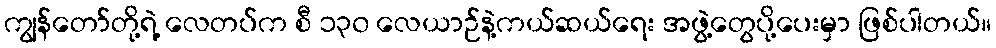
ကျွန်တော်တို့ရဲ့ လေတပ်က စီ ၁၃၀ လေယာဉ်နဲ့ကယ်ဆယ်ရေး အဖွဲ့တွေပို့ပေးမှာ ဖြစ်ပါတယ်။